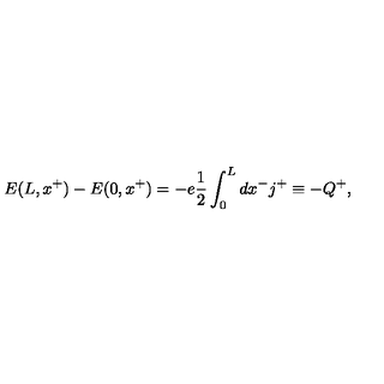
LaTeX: E ( L , x ^ { + } ) - E ( 0 , x ^ { + } ) = - e \frac { 1 } { 2 } \int _ { 0 } ^ { L } d x ^ { - } j ^ { + } \equiv - Q ^ { + } ,